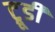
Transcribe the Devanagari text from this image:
ट्रूडी